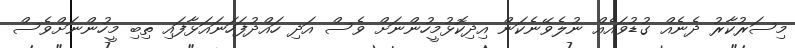
މިސަރުކާރު ދެނެއް ގުޑުވައެއް ނުލެވޭނެކަން އިދިކޮޅުމީހުންނަށް ވެސް އަދި ހައްދުފަހަނައަޅާފައި ތިބި މީހުންނަށްވެސް